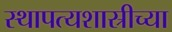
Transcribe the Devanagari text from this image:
स्थापत्यशास्रीच्या